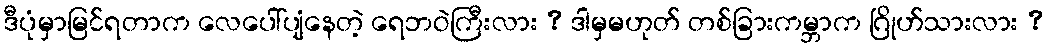
ဒီပုံမှာမြင်ရတာက လေပေါ်ပျံနေတဲ့ ရေဘဝဲကြီးလား ? ဒါမှမဟုတ် တစ်ခြားကမ္ဘာက ဂြိုဟ်သားလား ?